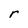
Character: r